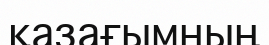
қазағымның